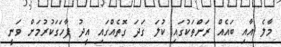
މާލެ އާއި ބައެއް ރަށްތަކުގައި ކުލަ ގަދަ ގޮތެއްގައި އީދު ފާހަގަކުރުމަށް ވަނީ